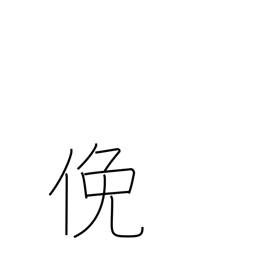
Meaning: diligent